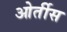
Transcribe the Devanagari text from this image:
ओर्तीस